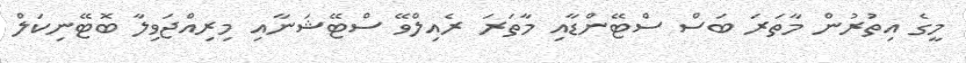
މީގެ އިތުރުން މާތަރަ ބަސް ސްޓޭންޑާއި މާތަރަ ރެއިލްވޭ ސްޓޭޝަނާއި މިރިއްޖަވިލާ ބޮޓޭނިކަލް